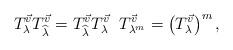
LaTeX: \begin{align*}T_\lambda^{\vec{v}} T_{\widehat{\lambda}}^{\vec{v}} = T_{\widehat{\lambda}}^{\vec{v}} T_\lambda^{\vec{v}} \; \; T_{\lambda^m}^{\vec{v}} = \left(T_\lambda^{\vec{v}}\right)^m,\end{align*}